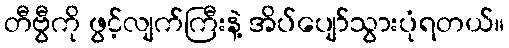
တီဗွီကို ဖွင့်လျက်ကြီးနဲ့ အိပ်ပျော်သွားပုံရတယ်။